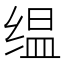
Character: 缊